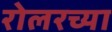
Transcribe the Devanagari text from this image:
रोलरच्या